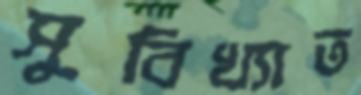
সুবিখ্যাত